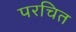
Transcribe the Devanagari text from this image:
परचित